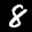
Label: 8